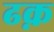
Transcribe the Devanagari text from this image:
ढक़